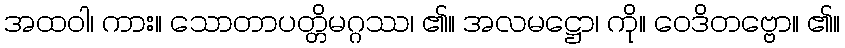
အထဝါ၊ ကား။ သောတာပတ္တိမဂ္ဂဿ၊ ၏။ အလမဋ္ဌော၊ ကို။ ဝေဒိတဗ္ဗော။ ၏။